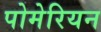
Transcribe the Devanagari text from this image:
पोमेरियन